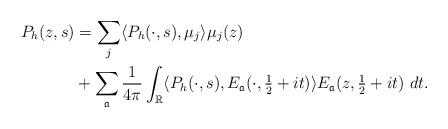
LaTeX: \begin{align*} P_h(z,s) &= \sum_j \langle P_h(\cdot, s), \mu_j \rangle \mu_j(z) \\ &+ \sum_\mathfrak{a} \frac{1}{4\pi} \int_\mathbb{R} \langle P_h(\cdot, s), E_\mathfrak{a}(\cdot, \tfrac{1}{2} + it)\rangle E_\mathfrak{a}(z, \tfrac{1}{2} + it) \ dt. \end{align*}